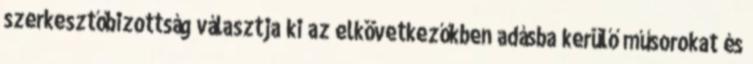
szerkesztőbizottság választja ki az elkövetkezőkben adásba kerülő műsorokat és